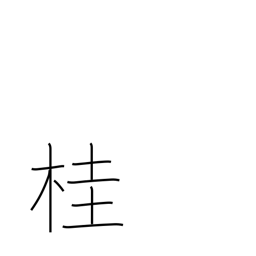
Meaning: Japanese Judas-tree